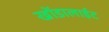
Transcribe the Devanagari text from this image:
खोंडालाईट